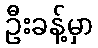
ဦးခန့်မှာ